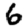
Digit: 6